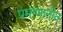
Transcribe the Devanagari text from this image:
प्रमाणातीत